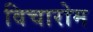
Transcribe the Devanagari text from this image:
विचारोम